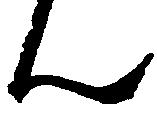
ん